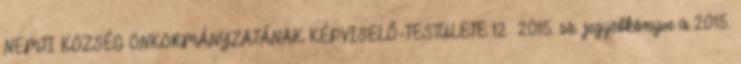
NEMTI KÖZSÉG ÖNKORMÁNYZATÁNAK KÉPVISELŐ-TESTÜLETE 12 2015. sz. jegyzőkönyve a 2015.